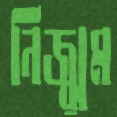
নিজ্ঝুম